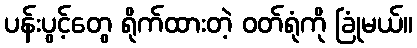
ပန်းပွင့်တွေ ရိုက်ထားတဲ့ ဝတ်ရုံကို ခြုံမယ်။